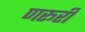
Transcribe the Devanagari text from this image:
णरूरी